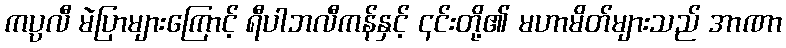
ကပ္ပလီ မဲပြာများကြောင့် ရီပါဘလီကန်နှင့် ၎င်းတို့၏ မဟာမိတ်များသည် အာဏာ